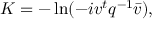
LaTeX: { \cal K } = - \ln ( - i v ^ { t } q ^ { - 1 } \bar { v } ) ,